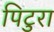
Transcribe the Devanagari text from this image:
पिटुरा